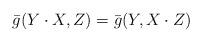
LaTeX: \begin{align*}\bar g(Y\cdot X,Z)=\bar g(Y,X\cdot Z)\end{align*}